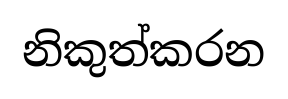
නිකුත්කරන